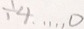
\div 4 \cdots 0